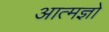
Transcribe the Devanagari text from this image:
आत्मज्ञो